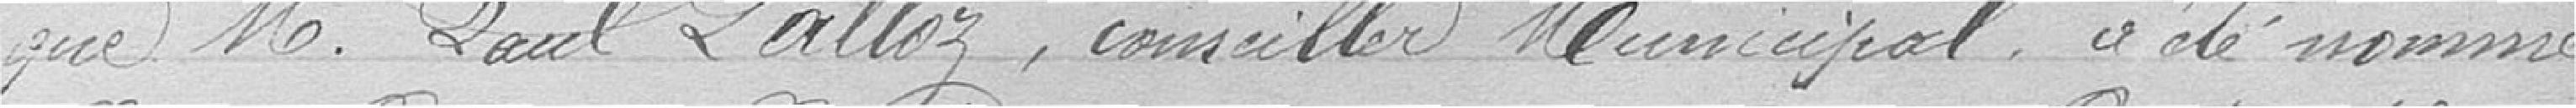
que monsieur Paul Lalloz, conseiller municipal a été nommé